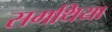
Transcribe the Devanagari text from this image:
सगथिया